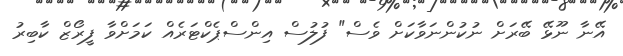
އޭނާ ނޫޅޭ ބޭރަށް ނުކުންނަވާކަށް ވެސް" ފުލުސް އިންސްޕެކްޓަރެއް ކަމަށްވާ ފީރޯޒް ކާބިރު